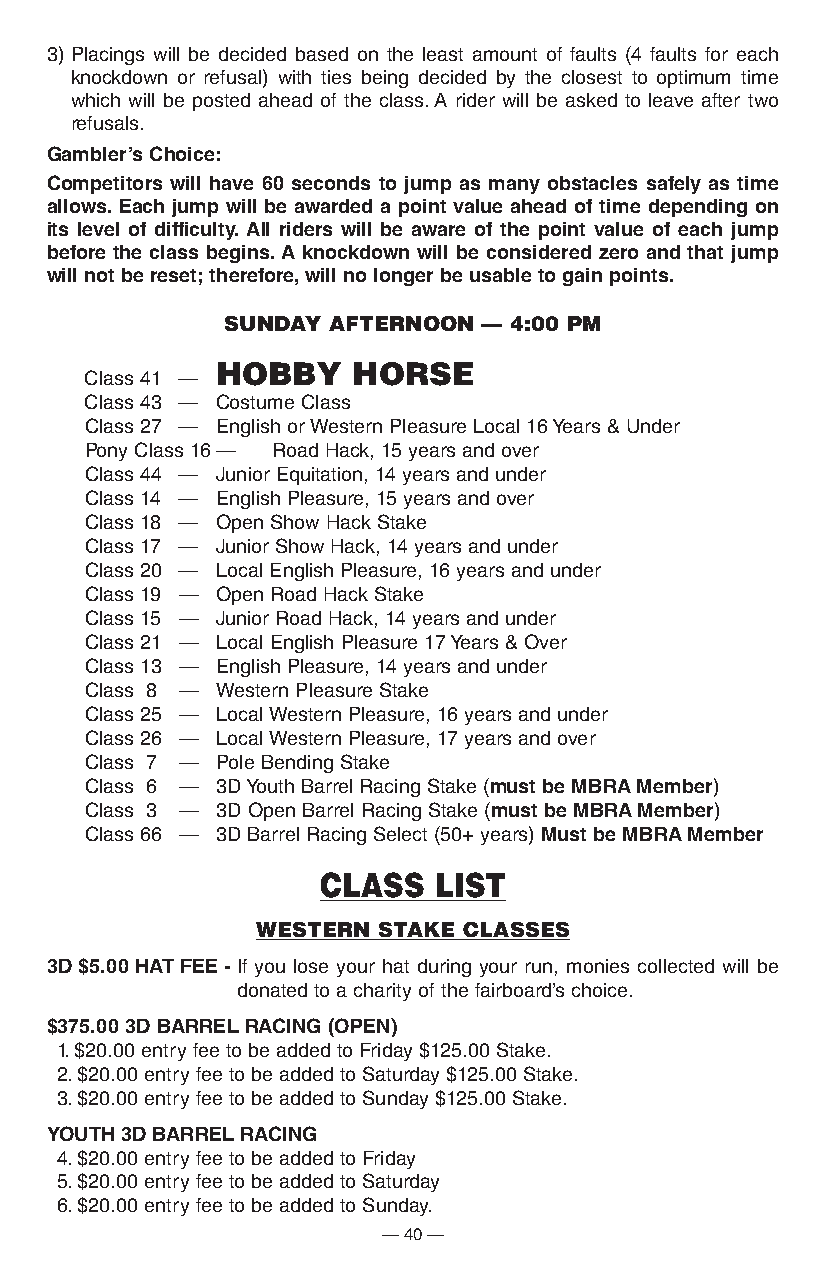
3) Placings will be decided based on the least amount of faults (4 faults for each
 knockdown or refusal) with ties being decided by the closest to optimum time
 which will be posted ahead of the class. A rider will be asked to leave after two
 refusals.
 Gambler’s choice:
 competitors will have 60 seconds to jump as many obstacles safely as time
 allows. each jump will be awarded a point value ahead of time depending on
 its level of difficulty. all riders will be aware of the point value of each jump
 before the class begins. a knockdown will be considered zero and that jump
 will not be reset; therefore, will no longer be usable to gain points.
 SUNDAY AFTERNOON — 4:00 PM
 HOBBy    HORSE
 Class 41 —
 Class 43 — Costume Class
 Class 27 — English or Western Pleasure Local 16 Years & Under
 Pony Class 16 — Road Hack, 15 years and over
 Class 44 — Junior Equitation, 14 years and under
 Class 14 — English Pleasure, 15 years and over
 Class 18 — Open Show Hack Stake
 Class 17 — Junior Show Hack, 14 years and under
 Class 20 — Local English Pleasure, 16 years and under
 Class 19 — Open Road Hack Stake
 Class 15 — Junior Road Hack, 14 years and under
 Class 21 — Local English Pleasure 17 Years & Over
 Class 13 — English Pleasure, 14 years and under
 Class 8 — Western Pleasure Stake
 Class 25 — Local Western Pleasure, 16 years and under
 Class 26 — Local Western Pleasure, 17 years and over
 Class 7 — Pole Bending Stake
 Class 6 — 3D Youth Barrel Racing Stake (must be MBra Member)
 Class 3 — 3D Open Barrel Racing Stake (must be MBra Member)
 Class 66 — 3D Barrel Racing Select (50+ years) Must be MBra Member
 CLASS   LIST
 wESTERn STAKE CLASSES
 3D $5.00 hat Fee - If you lose your hat during your run, monies collected will be
 donated to a charity of the fairboard’s choice.
 $375.00 3D Barrel racinG (open)
 1. $20.00 entry fee to be added to Friday $125.00 Stake.
 2. $20.00 entry fee to be added to Saturday $125.00 Stake.
 3. $20.00 entry fee to be added to Sunday $125.00 Stake.
 yoUth 3D Barrel racinG
 4. $20.00 entry fee to be added to Friday
 5. $20.00 entry fee to be added to Saturday
 6. $20.00 entry fee to be added to Sunday.
 — 40 —